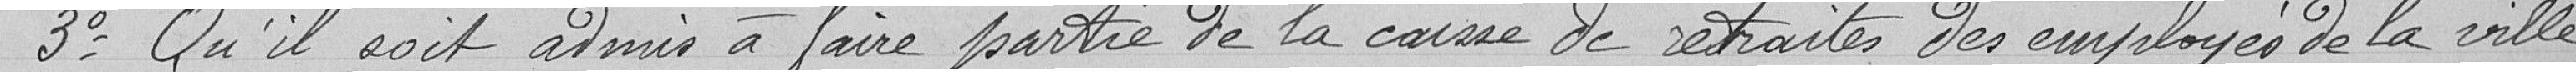
3° =  Qu'il soit admis à faire partie de la caisse de retraite des employés de la ville,